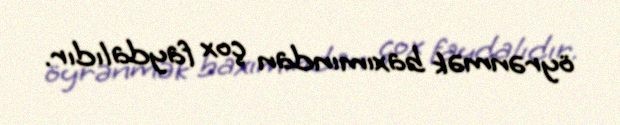
öyrənmək baxımından çox faydalıdır.